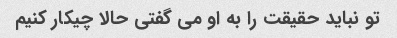
تو نباید حقیقت را به او می گفتی حالا چیکار کنیم